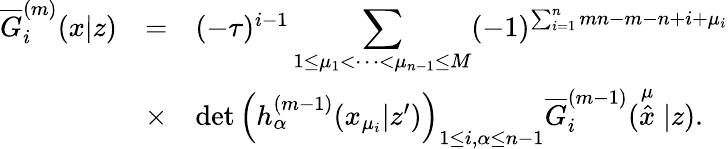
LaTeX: \begin{array}{rcl}{{\overline{{{G}}}_{i}^{(m)}(x|z)}}&{{=}}&{{(-\tau)^{i-1}\displaystyle\sum_{1\leq\mu_{1}<\cdots<\mu_{n-1}\leq M}(-1)^{\sum_{i=1}^{n}mn-m-n+i+\mu_{i}}}}\\ {{}}&{{\times}}&{{\operatorname*{det}\left(h_{\alpha}^{(m-1)}(x_{\mu_{i}}|z^{\prime})\right)_{1\leq i,\alpha\leq n-1}\overline{{{G}}}_{i}^{(m-1)}(\stackrel{\mu}{\hat{x}}|z).}}\end{array}